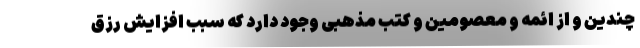
چندین و از ائمه و معصومین و کتب مذهبی وجود دارد که سبب افزایش رزق